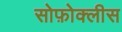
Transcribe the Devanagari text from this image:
सोफ़ोक्लीस